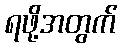
ရဖို့အတွက်